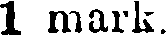
1 mark.